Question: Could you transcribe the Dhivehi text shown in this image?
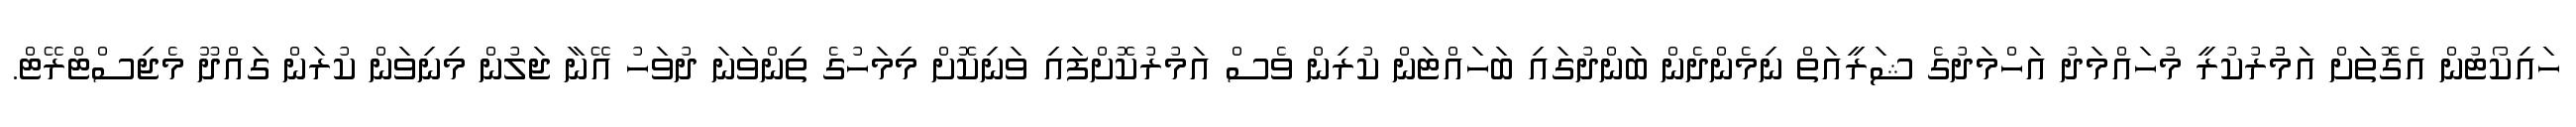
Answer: ހައިކޯޓުން އެގޮތަށް އަމުުރުކުރީ މުހައްމަދު އަހްމަދުގެ ޝަރީއަތް ނިމެންދެން ބަންދުގައި ބަހައްޓަން ކުރިން ވެސް އަމުރުކޮށްފައި ވަނިކޮށް މިމަހުގެ ތިންވަނަ ދުވަހު އޭނާ ޖަލުން މިނިވަން ކުރަން ގައްދޫ މެޖިސްޓްރޭޓް.